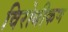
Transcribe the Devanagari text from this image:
विरोधीकण